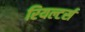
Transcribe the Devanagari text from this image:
रियल्टर्स